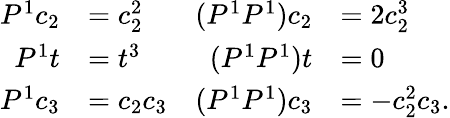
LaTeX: \begin{array}{rlrl}{P^{1}c_{2}}&{=c_{2}^{2}}&{(P^{1}P^{1})c_{2}}&{=2c_{2}^{3}}\\ {P^{1}t}&{=t^{3}}&{(P^{1}P^{1})t}&{=0}\\ {P^{1}c_{3}}&{=c_{2}c_{3}}&{(P^{1}P^{1})c_{3}}&{=-c_{2}^{2}c_{3}.}\end{array}